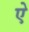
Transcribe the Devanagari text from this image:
एे